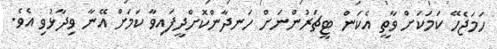
ހަމަޖެހޭ ކަމަކަށް ވާތީ އެކަން ޓީޗަރުންނަށް ހަނދާންކޮށްދީފައިވާ ކަމަށް އޭނާ ވިދާޅުވި އެވެ.